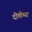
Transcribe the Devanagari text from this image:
दीप्तीच्या